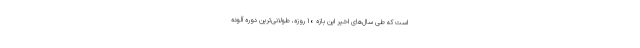
است که طی سال‌های اخیر این بازه ۱۰ ‌روزه، طولانی‌ترین دوره آلوده